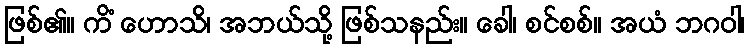
ဖြစ်၏။ ကိံ ဟောသိ၊ အဘယ်သို့ ဖြစ်သနည်း။ ခေါ၊ စင်စစ်။ အယံ ဘဂဝါ၊